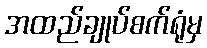
အထည်ချုပ်စက်ရုံမှ